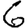
Digit: 6